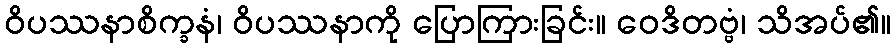
ဝိပဿနာစိက္ခနံ၊ ဝိပဿနာကို ပြောကြားခြင်း။ ဝေဒိတဗ္ဗံ၊ သိအပ်၏။